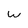
Character: W